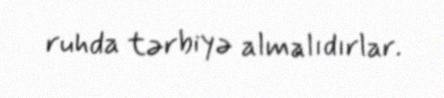
ruhda tərbiyə almalıdırlar.